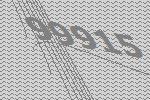
99915